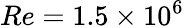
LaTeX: Re=1.5\times 10^{6}